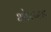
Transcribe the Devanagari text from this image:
भोरगड